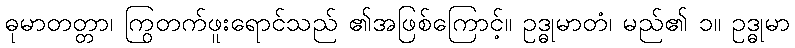
ဓုမာတတ္တာ၊ ကြွတက်ဖူးရောင်သည် ၏အဖြစ်ကြောင့်။ ဥဒ္ဓုမာတံ၊ မည်၏ ၁။ ဥဒ္ဓုမာ